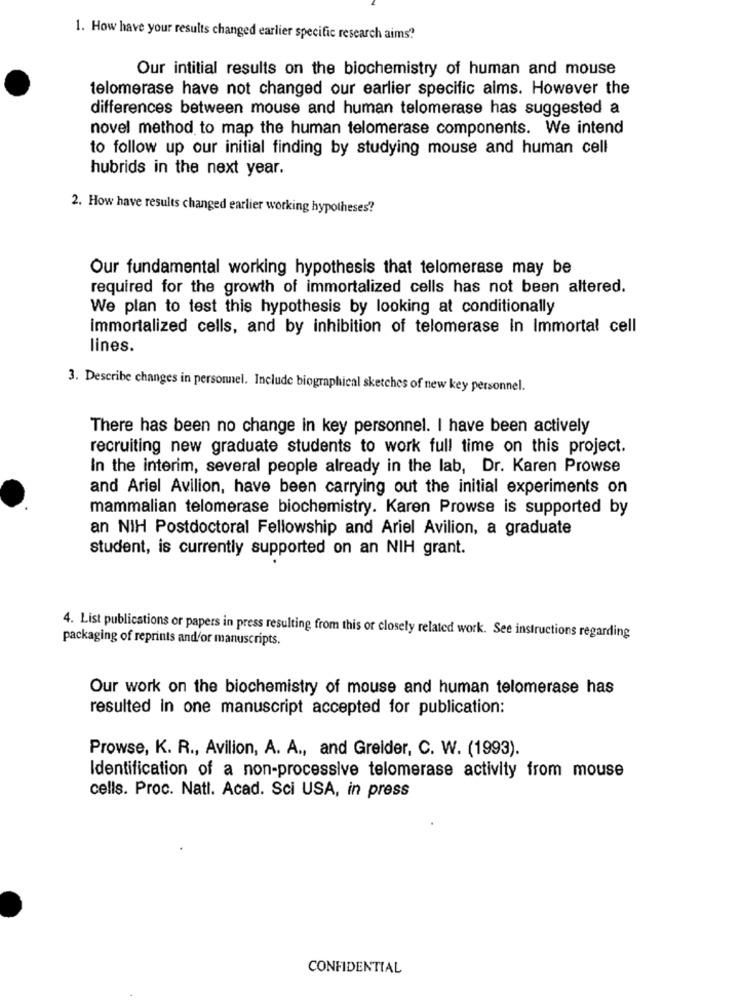
1. How have your results changed earlier specific research aims?
Our intitial results on the biochemistry of human and mouse
telomerase have not changed our earlier specific aims. However the
differences between mouse and human telomerase has suggested a
novel method to map the human telomerase components. We intend
to follow up our initial finding by studying mouse and human cell
hubrids in the next year.
2. How have results changed earlier working hypotheses?
Our fundamental working hypothesis that telomerase may be
required for the growth of immortalized cells has not been altered.
We plan to test this hypothesis by looking at conditionally
immortalized cells, and by inhibition of telomerase in Immortal cell
lines.
3. Describe changes in personnel. Include biographical sketches of new key personnel.
There has been no change in key personnel. I have been actively
recruiting new graduate students to work full time on this project.
In the interim, several people already in the lab, Dr. Karen Prowse
and Ariel Avilion, have been carrying out the initial experiments on
mammalian telomerase biochemistry. Karen Prowse is supported by
an NIH Postdoctoral Fellowship and Ariel Avilion, a graduate
student, is currently supported on an NIH grant.
packaging of reprints and'or manuscripts.
4. List publications or papers in press resulting from this or closely related work. See instructions regarding
Our work on the biochemistry of mouse and human telomerase has
resulted in one manuscript accepted for publication:
Prowse, K. R ., Avilion, A. A ., and Greider, C. W. (1993).
Identification of a non-processive telomerase activity from mouse
cells. Proc. Natl. Acad. Sci USA, in press
CONFIDENTIAL